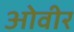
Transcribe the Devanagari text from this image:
ओवीर